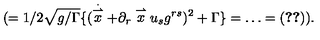
( = 1 / 2 \sqrt { g / \Gamma } \{ ( \stackrel { \stackrel { \cdot } { \rightharpoonup } } { x } + \partial _ { r } \stackrel { \rightharpoonup } { x } u _ { s } g ^ { r s } ) ^ { 2 } + \Gamma \} = \ldots = ( \ref { c 7 } ) ) .